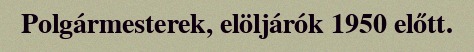
Polgármesterek, elöljárók 1950 előtt.